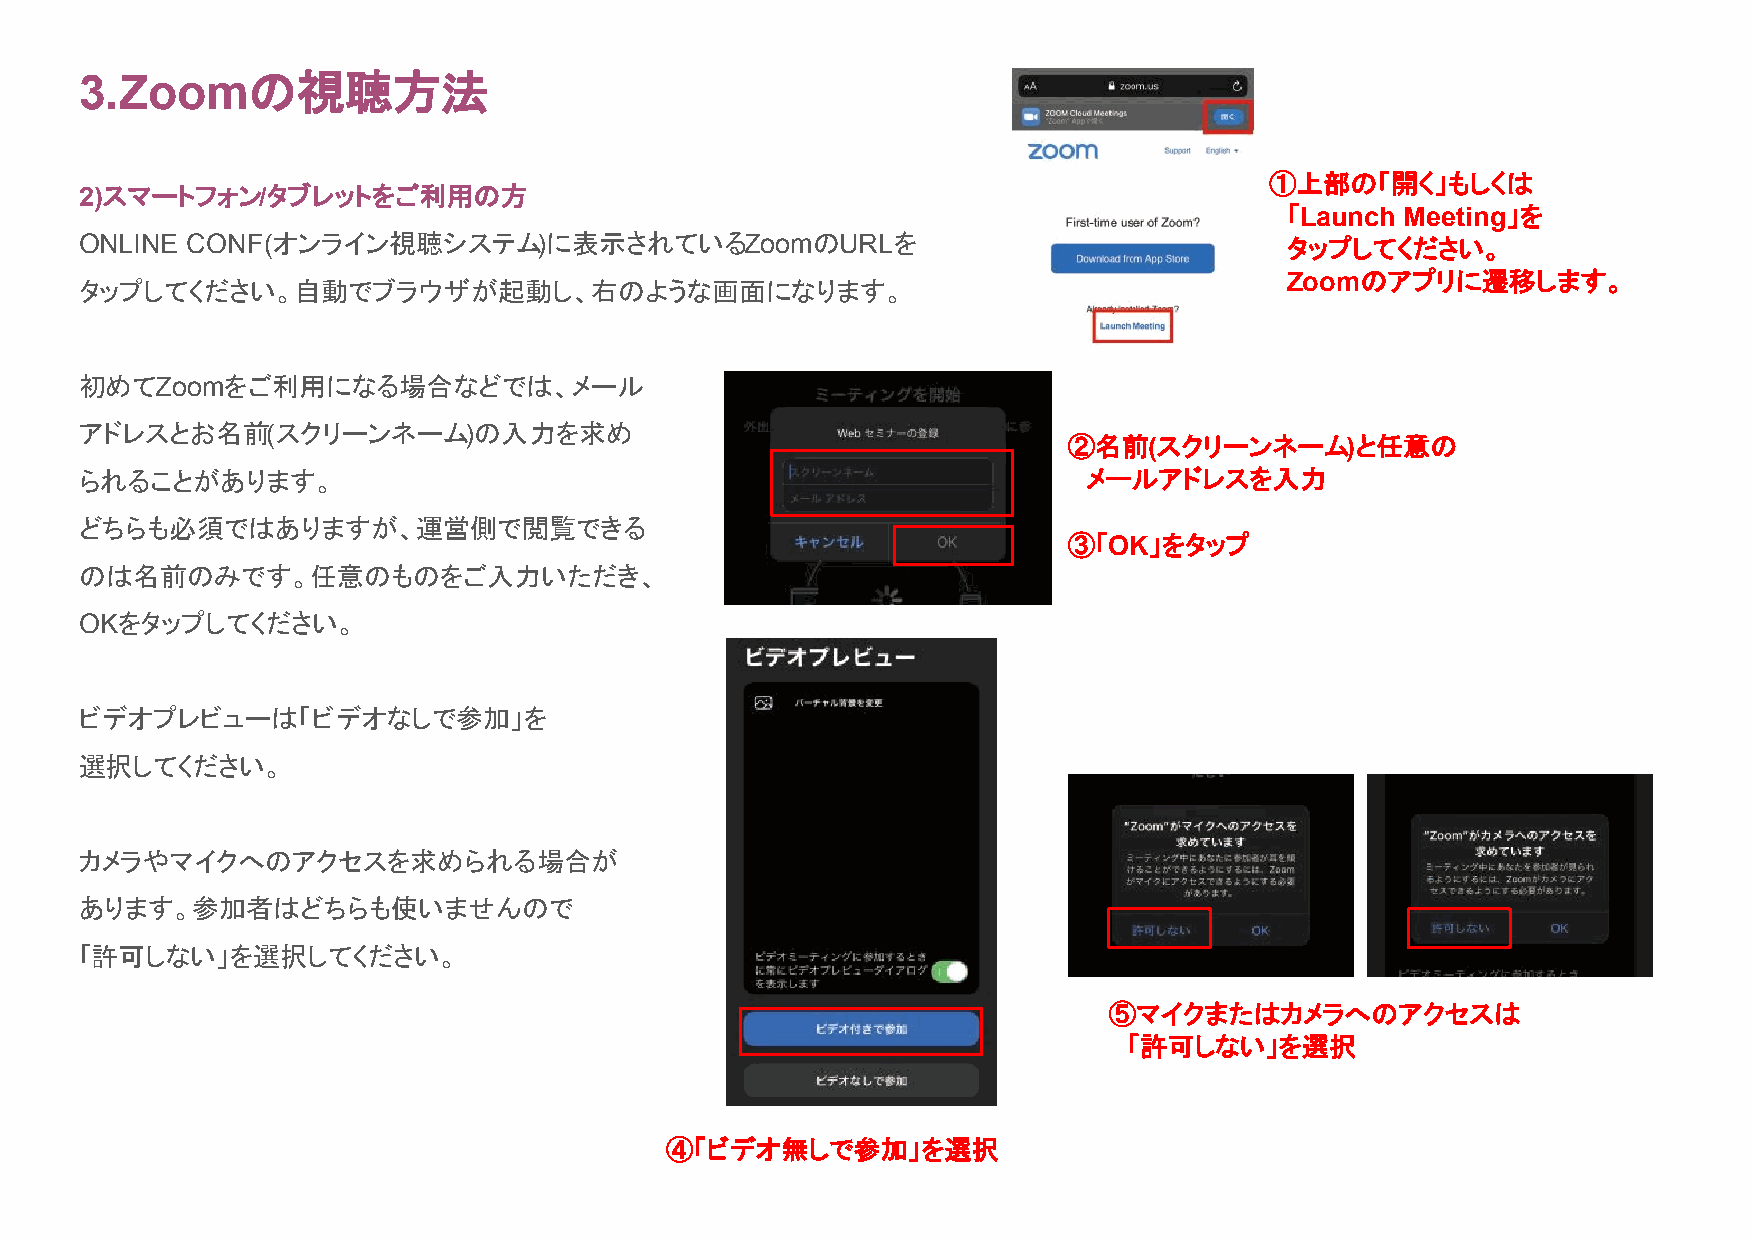
3.Zoomの視聴方法
 ①上部の「開く」もしくは
 2)スマートフォン/タブレットをご利用の方
 「Launch Meeting」を
 ONLINE CONF(オンライン視聴システム)に表示されているZoomのURLを                                       タップしてください。
 Zoomのアプリに遷移します。
 タップしてください。自動でブラウザが起動し、右のような画面になります。
 初めてZoomをご利用になる場合などでは、メール
 アドレスとお名前(スクリーンネーム)の入力を求め
 ②名前(スクリーンネーム)と任意の
 られることがあります。                                                        メールアドレスを入力
 どちらも必須ではありますが、運営側で閲覧できる
 ③「OK」をタップ
 のは名前のみです。任意のものをご入力いただき、
 OKをタップしてください。
 ビデオプレビューは「ビデオなしで参加」を
 選択してください。
 カメラやマイクへのアクセスを求められる場合が
 あります。参加者はどちらも使いませんので
 「許可しない」を選択してください。
 ⑤マイクまたはカメラへのアクセスは
 「許可しない」を選択
 ④「ビデオ無しで参加」を選択
 どちらも必須ではありますが、運営事務局側で閲覧できるのは名前のみです。
 任意のものをご入力いただき、「Webセミナーに参加」をクリックしてください。
 配信画面が表示されたら完了です。